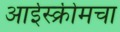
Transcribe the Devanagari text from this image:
आईस्क्रीमचा